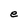
Character: e